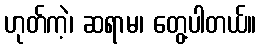
ဟုတ်ကဲ့၊ ဆရာမ၊ တွေ့ပါတယ်။